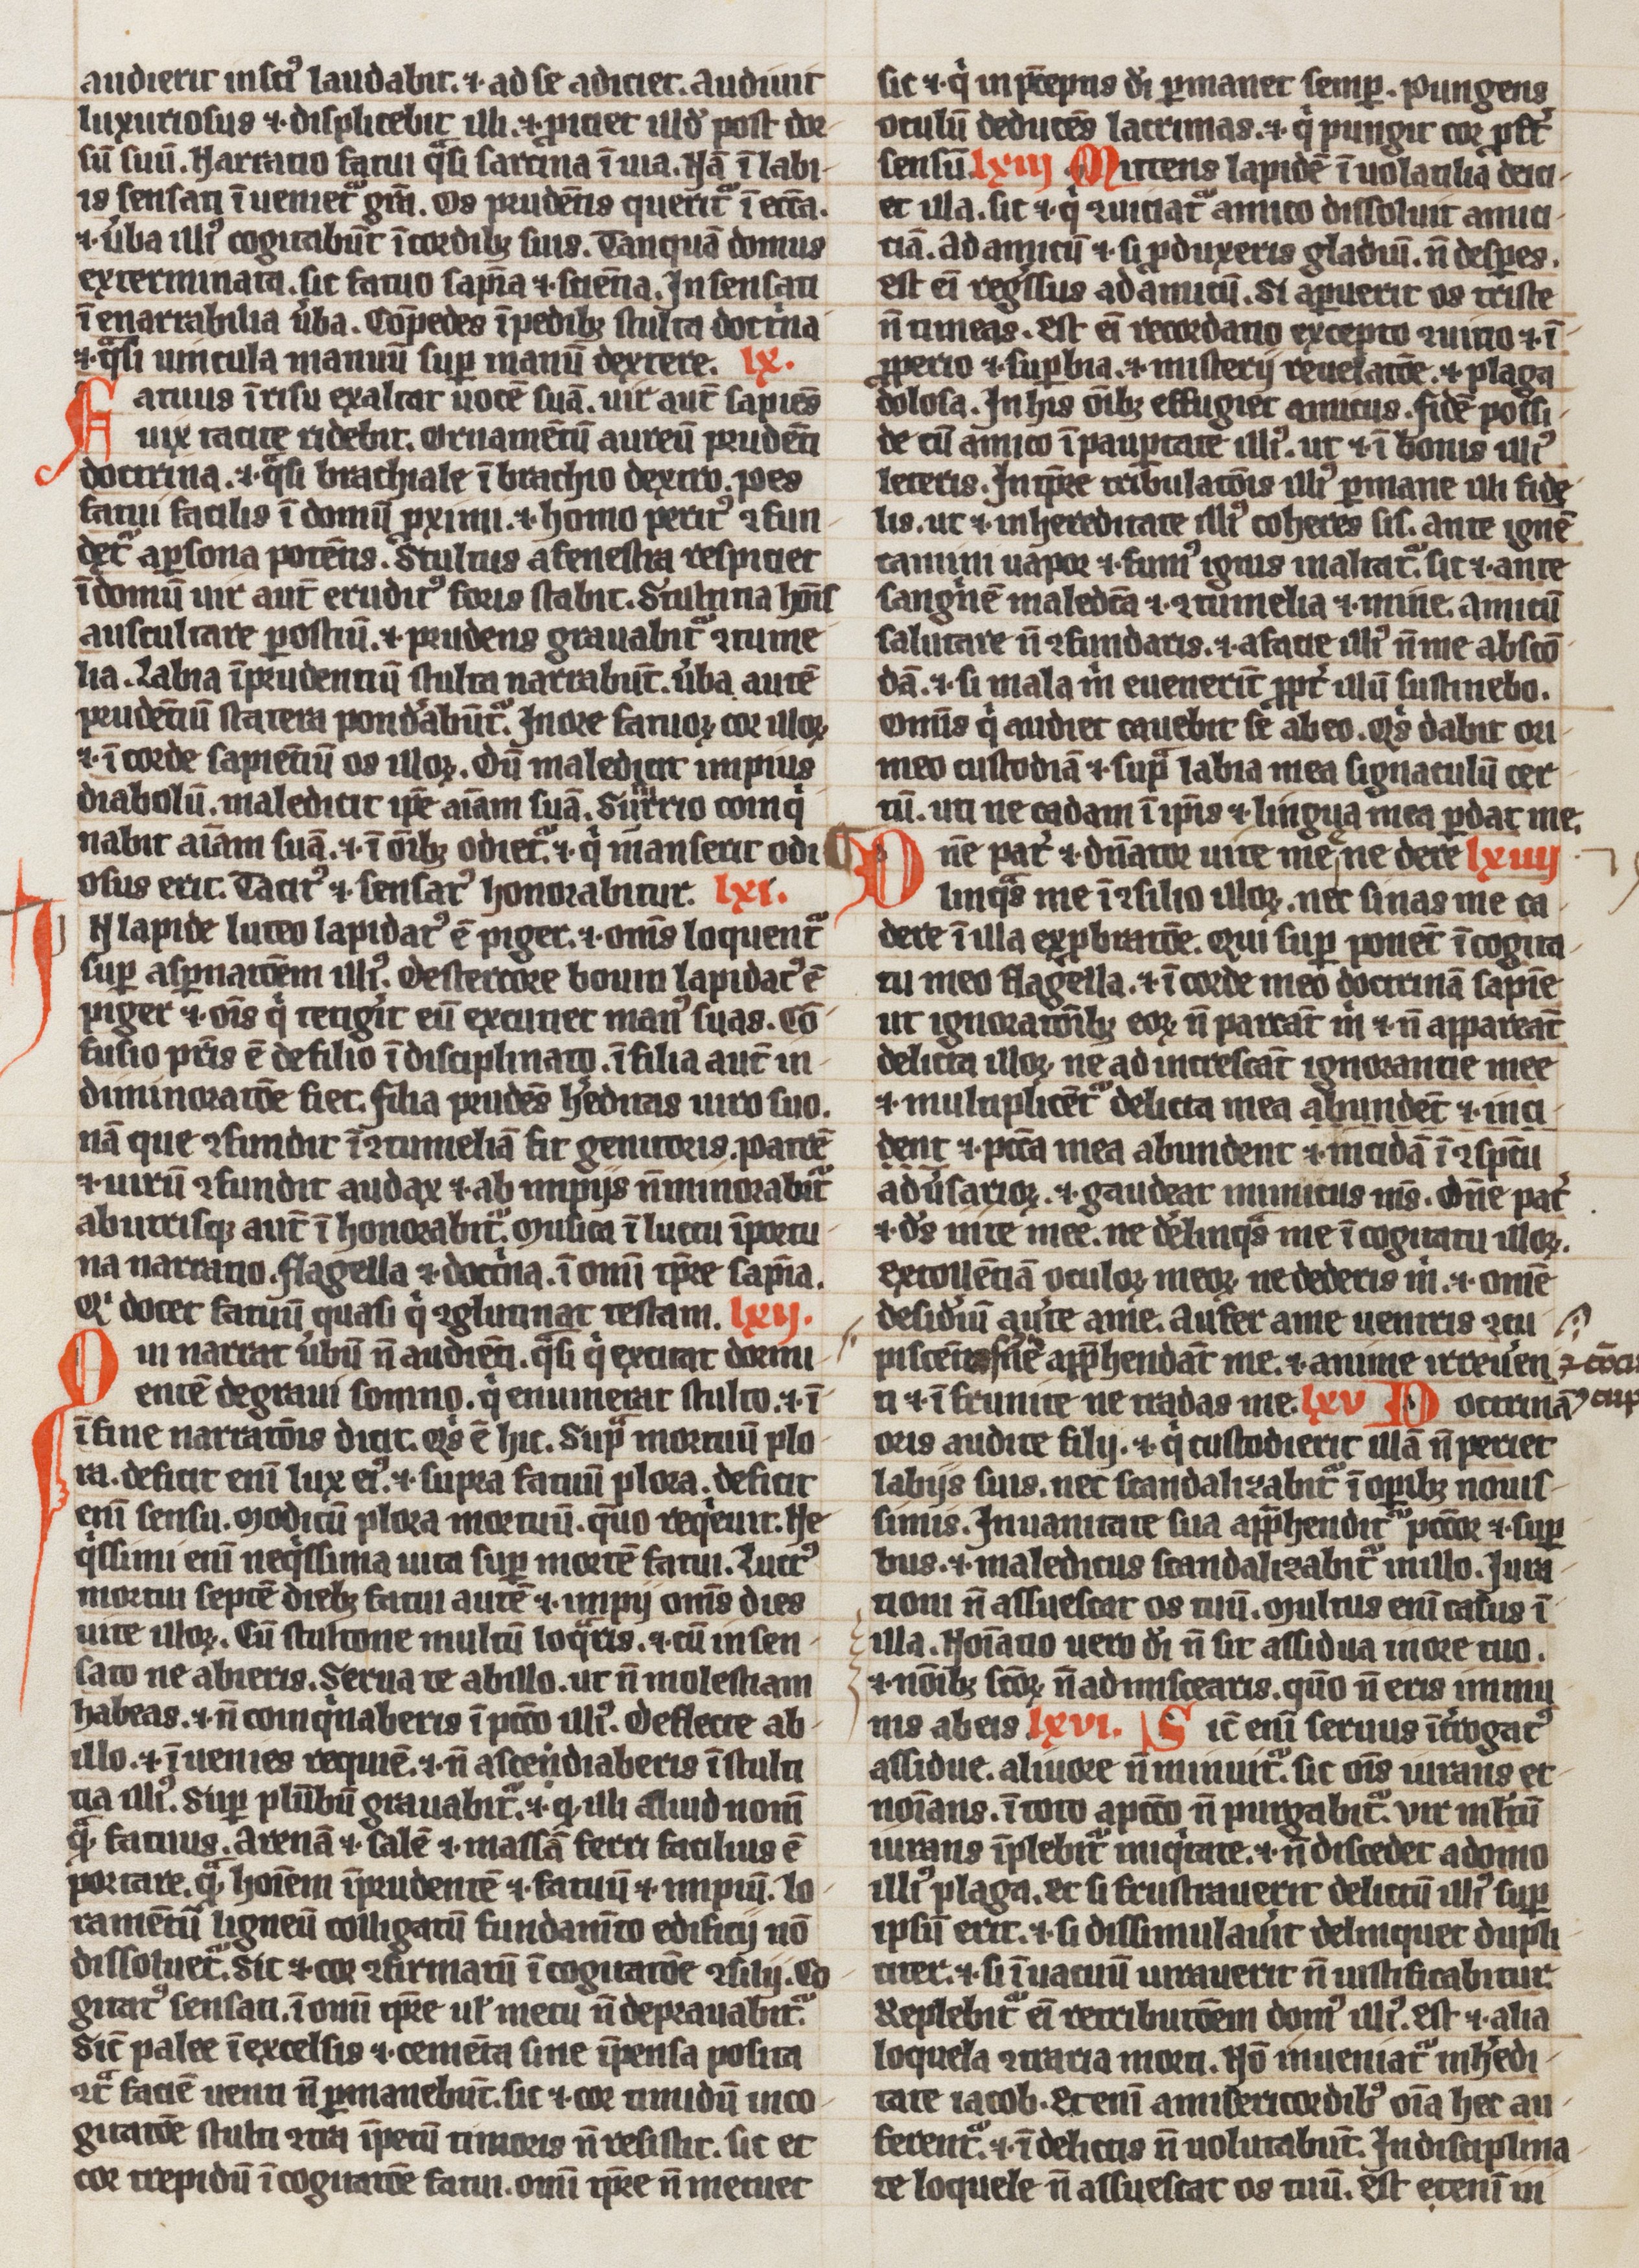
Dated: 1300–1324